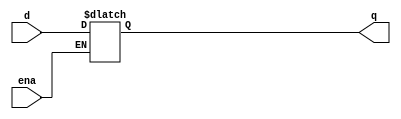
module top_module (
    input d, 
    input ena,
    output q
); 
    reg Q = 0;
    always@ (ena or d)begin
        if(ena)
           Q = d; 
    end 
    assign q = Q;
endmodule